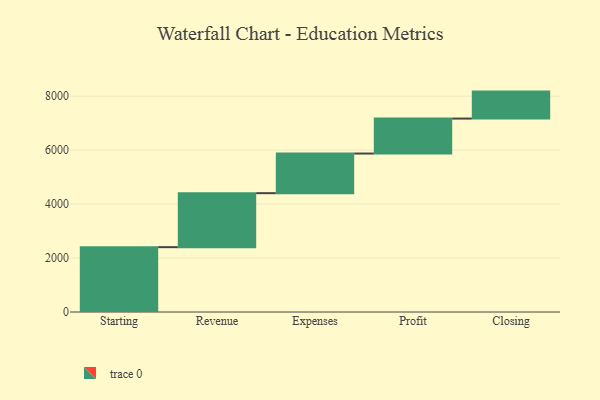
{"axis": {"x": "Step", "y": "Value"}, "legend": [""], "data": [{"x": "Starting", "y": 2404.0, "type": ""}, {"x": "Revenue", "y": 2001.0, "type": ""}, {"x": "Expenses", "y": 1469.0, "type": ""}, {"x": "Profit", "y": 1296.0, "type": ""}, {"x": "Closing", "y": 1000, "type": ""}]}